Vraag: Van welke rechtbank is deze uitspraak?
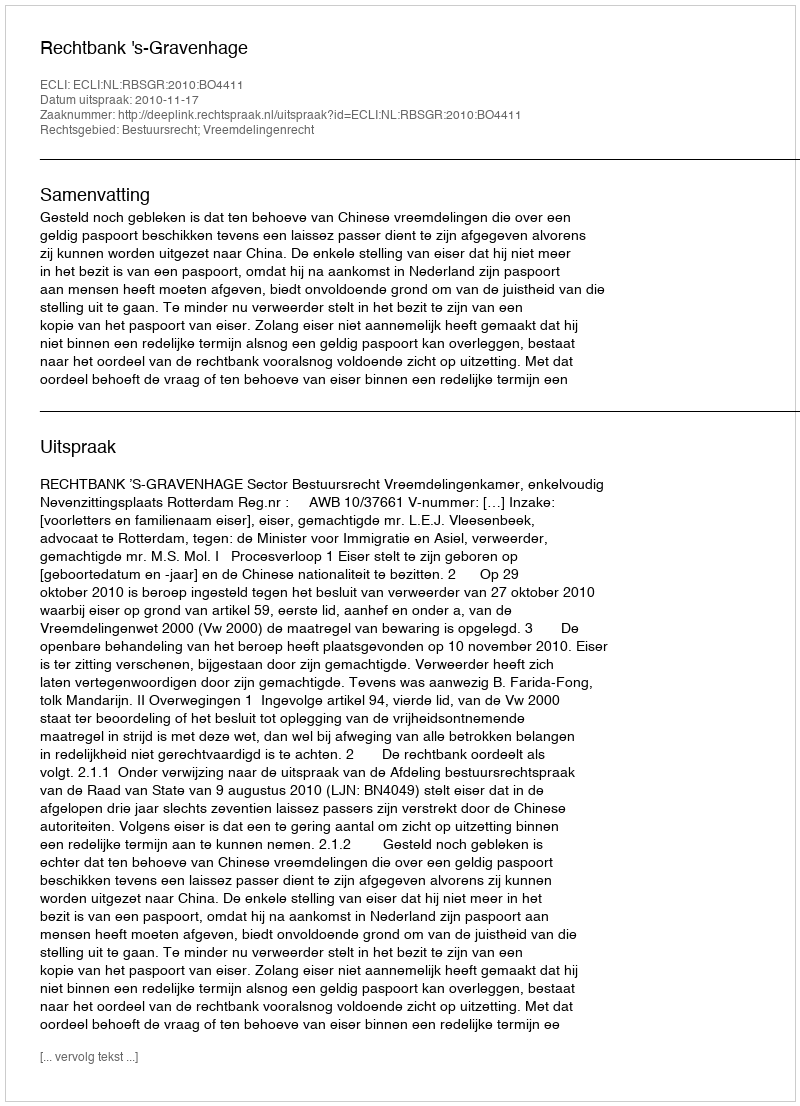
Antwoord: Rechtbank 's-Gravenhage